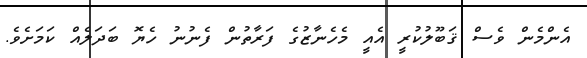
އެންމެން ވެސް ޤަބޫލުކުރީ އެއީ މެހެނާޒުގެ ފަރާތުން ފެނުނު ހެޔޮ ބަދަލެއް ކަމަށެވެ.